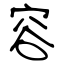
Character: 容